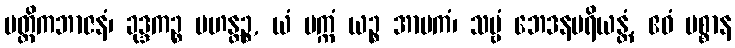
မတ္တိကဘာဇနံ၊ ခုဒ္ဒကဉ္စ မဟန္တဉ္စ, ယံ ပက္ကံ ယဉ္စ အာမကံ၊ သဗ္ဗံ ဘေဒနပရိယန္တံ, ဧဝံ မစ္စာန